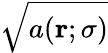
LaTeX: \sqrt{a(\mathbf{r};\sigma)}